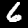
Digit: 6